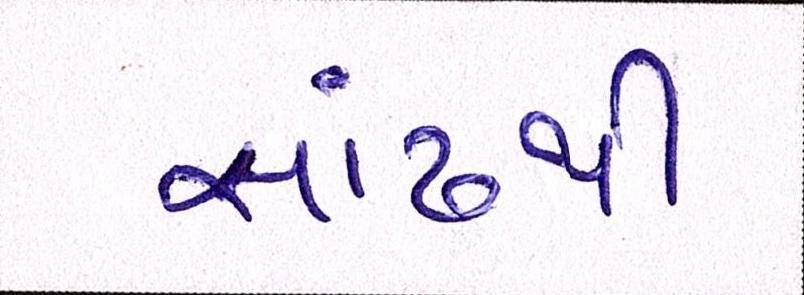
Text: સાંઢથી